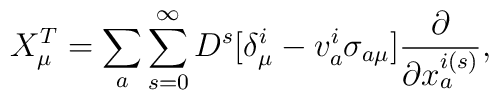
X^{T}_{\mu}=\sum _{a}\sum _{s=0}^{\infty}D^{s}[\delta _{\mu}^{i}-v^{i}_{a}\sigma _{a\mu}]\frac {\partial }{\partial x_{a}^{i(s)}} ,